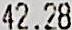
42.28